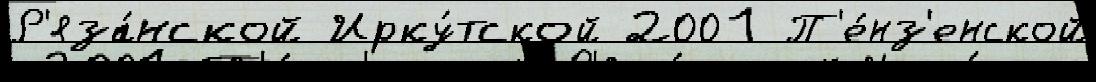
Р'яза́нской Ирку́тской 2001 П'е́нз'енской